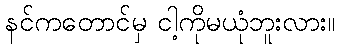
နင်ကတောင်မှ ငါ့ကိုမယုံဘူးလား။